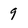
Character: 9